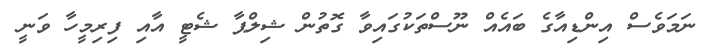
ނަމަވެސް އިންޑިއާގެ ބައެއް ނޫސްތަކުގައިވާ ގޮތުން ޝިލްޕާ ޝެޓީ އާއި ފިރިމީހާ ވަނީ